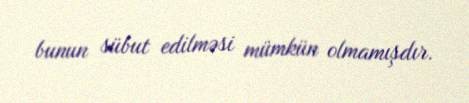
bunun sübut edilməsi mümkün olmamışdır.